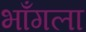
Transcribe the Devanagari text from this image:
भाँगला